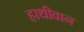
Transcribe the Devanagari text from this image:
हाथीवान